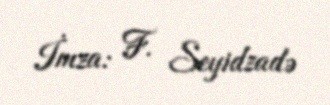
İmza: F. Seyidzadə